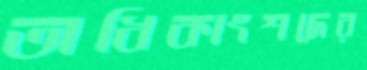
অধিকাংশদের